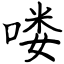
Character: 喽